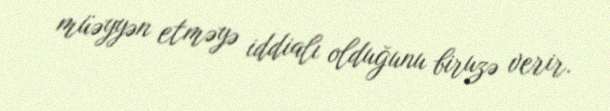
müəyyən etməyə iddialı olduğunu biruzə verir.